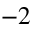
^ { - 2 }